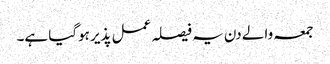
جمعہ والے دن یہ فیصلہ عمل پذیر ہوگیا ہے۔